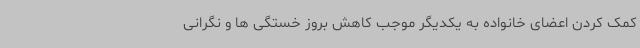
کمک کردن اعضای خانواده به یکدیگر موجب کاهش بروز خستگی ها و نگرانی